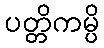
ပတ္တိကမ္ပိ